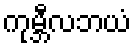
ကုမ္ဘီလဘယံ